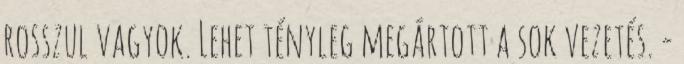
rosszul vagyok. Lehet tényleg megártott a sok vezetés. -